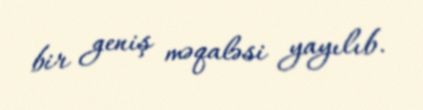
bir geniş məqaləsi yayılıb.